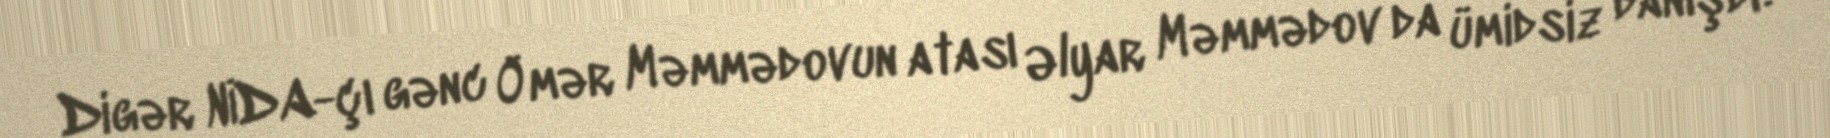
Digər NİDA-çı gənc Ömər Məmmədovun atası Əlyar Məmmədov da ümidsiz danışdı: